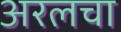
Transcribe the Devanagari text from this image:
अरलचा